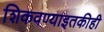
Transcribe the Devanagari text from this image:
शिकवण्याइतकीही